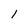
Character: 1